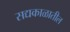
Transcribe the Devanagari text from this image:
सद्यकाळातील